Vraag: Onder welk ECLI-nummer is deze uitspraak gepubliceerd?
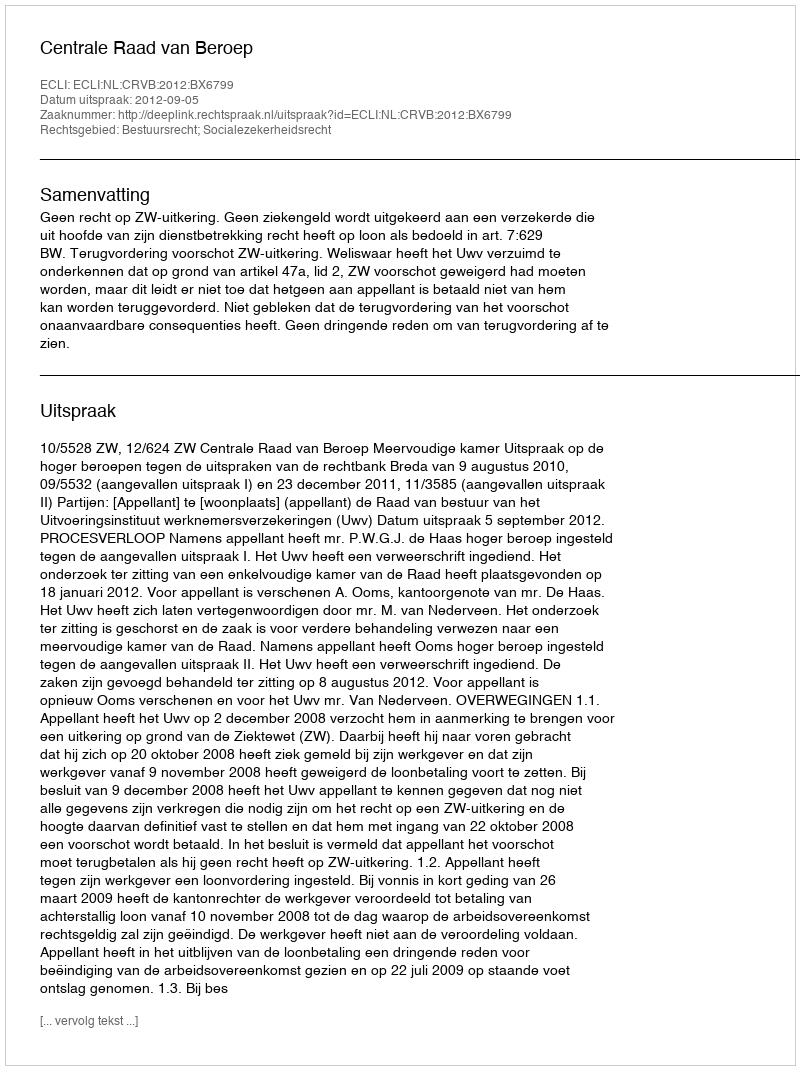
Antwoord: ECLI:NL:CRVB:2012:BX6799